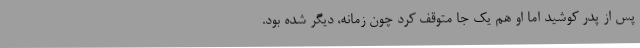
پس از پدر کوشید اما او هم یک جا متوقف کرد چون زمانه، دیگر شده بود.